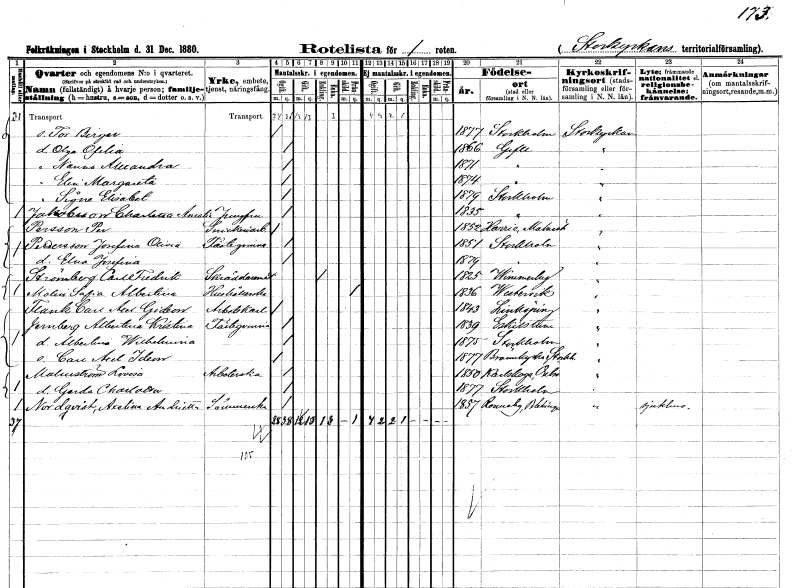
gt_parse: households: individuals: FN: Tor Birger
KON: M
CIV: O
FODAR: 1877
FODFORS: Stockholm
FN: Olga Ofelia
KON: K
CIV: O
FODAR: 1866
FODFORS: Gävle Gävleborgs län
FN: Nanna Alexandra
KON: K
CIV: O
FODAR: 1871
FODFORS: Gävle Gävleborgs län
FN: Elin Margareta
KON: K
CIV: O
FODAR: 1874
FODFORS: Gävle Gävleborgs län
FN: Signe Elisabet
KON: K
CIV: O
FODAR: 1879
FODFORS: Stockholm
FN: Charlotta Amalia
EN: Jakobsson
YRKE: Jungfru
KON: K
CIV: O
FODAR: 1835
FODFORS: Stockholm
FN: Per
EN: Persson
YRKE: Snickeriarbetare
KON: M
CIV: O
FODAR: 1852
FODFORS: Harrie Malmöhus län
FN: Josefina Olivia
EN: Pettersson
KON: K
CIV: O
FODAR: 1851
FODFORS: Stockholm
FN: Elna Josefina
KON: K
CIV: O
FODAR: 1879
FODFORS: Stockholm
FN: Carl Fredrik
EN: Strömberg
YRKE: Skräddarmästare
KON: M
CIV: E
FODAR: 1825
FODFORS: Vimmerby Kalmar län
FN: Sofia Albertina
EN: Molin
YRKE: Hushållerska
KON: K
CIV: X
FODAR: 1836
FODFORS: Västervik Kalmar län
FN: Carl Axel Gideon
EN: Flank
YRKE: Arbetskarl
KON: M
CIV: O
FODAR: 1843
FODFORS: Linköping Östergötlands län
FN: Albertina Kristina
EN: Jernberg
KON: K
CIV: O
FODAR: 1839
FODFORS: Linköping Östergötlands län
FN: Albertina Wilhelmina
KON: K
CIV: O
FODAR: 1875
FODFORS: Stockholm
FN: Carl Axel Ideon
KON: M
CIV: O
FODAR: 1877
FODFORS: Brännkyrka Stockholms län
FN: Lovisa
EN: Malmström
YRKE: Arbeterska
KON: K
CIV: O
FODAR: 1850
FODFORS: Karlskoga Örebro län
FN: Gerda Charlotta
KON: K
CIV: O
FODAR: 1877
FODFORS: Stockholm
FN: Axelina Andrietta
EN: Nordqvist
YRKE: Sömmerska
KON: K
CIV: O
FODAR: 1857
FODFORS: Ronneby Blekinge län